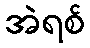
အဲရစ်